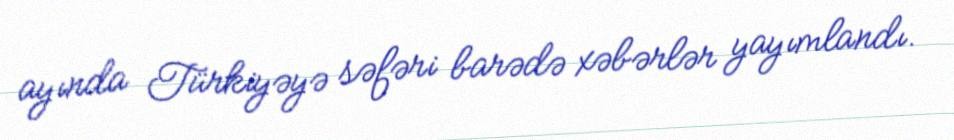
ayında Türkiyəyə səfəri barədə xəbərlər yayımlandı.